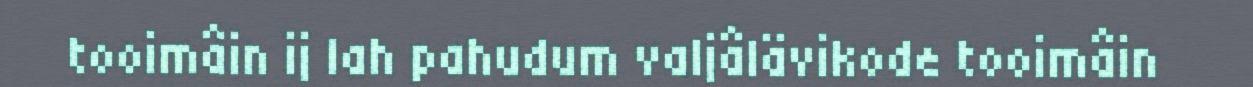
tooimâin ij lah pahudum valjâlävikode tooimâin